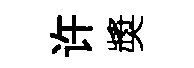
许奬